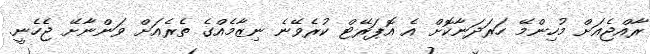
ރާއްޖެއަށް މުހިންމޭ ހަރަދަނާކޮށް އެ އޮޕަރޭޓް ކުރެވޭނެ ނިޒާމެއްގެ ތެރެއަށް ވަންނާށޭ ޖެހެނީ.